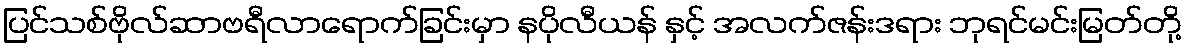
ပြင်သစ်ဗိုလ်ဆာဗရီလာရောက်ခြင်းမှာ နပိုလီယန် နှင့် အလက်ဇန်းဒရား ဘုရင်မင်းမြတ်တို့